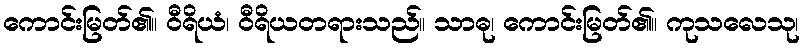
ကောင်းမြတ်၏။ ဝီရိယံ၊ ဝီရိယတရားသည်။ သာဓု၊ ကောင်းမြတ်၏။ ကုသလေသု၊